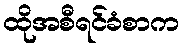
ထိုအစီရင်ခံစာက